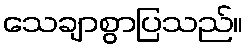
သေချာစွာပြသည်။